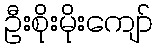
ဦးစိုးမိုးကျော်